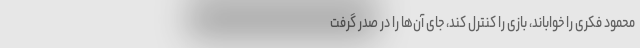
محمود فکری را خواباند، بازی را کنترل کند، جای آن‌ها را در صدر گرفت